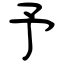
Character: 予